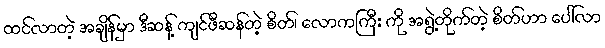
ထင်လာတဲ့ အချိန်မှာ ဒီဆန့် ကျင်ဖီဆန်တဲ့ စိတ်၊ လောကကြီး ကို အရွဲ့တိုက်တဲ့ စိတ်ဟာ ပေါ်လာ